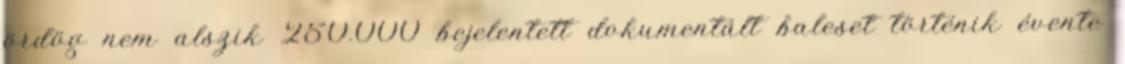
ördög nem alszik 250.000 bejelentett dokumentált baleset történik évente